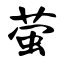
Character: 萤